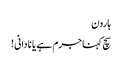
ہارون
سچ کہنا جرم ہے یا نادانی !